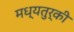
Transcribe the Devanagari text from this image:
मध्यतुर्की